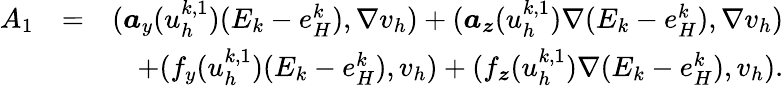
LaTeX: \begin{array}{rlr}{A_{1}}&{=}&{(\boldsymbol{a}_{y}(u_{h}^{k,1})(E_{k}-e_{H}^{k}),\nabla v_{h})+(\boldsymbol{a}_{\boldsymbol{z}}(u_{h}^{k,1})\nabla(E_{k}-e_{H}^{k}),\nabla v_{h})}\\ &{}&{+(f_{y}(u_{h}^{k,1})(E_{k}-e_{H}^{k}),v_{h})+(f_{\boldsymbol{z}}(u_{h}^{k,1})\nabla(E_{k}-e_{H}^{k}),v_{h}).}\end{array}